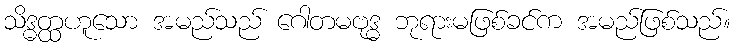
သိဒ္ဓတ္ထဟူသော အမည်သည် ဂေါတမဗုဒ္ဓ ဘုရားမဖြစ်ခင်က အမည်ဖြစ်သည်။